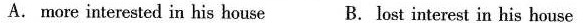
A. more interested in his house B. Lost interest in his house